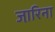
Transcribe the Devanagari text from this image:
जा़रिना